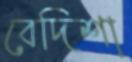
বেদিশা